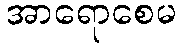
အာရောစေမ